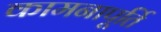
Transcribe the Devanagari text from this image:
कामनापूर्ति